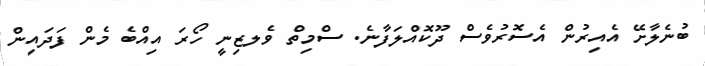
ބުނެލާށޭ އެއިރުން އެސޮރުވެސް ދޫކޮއްލަފާނެ. ސްމިތް ވެލޒިނީ ހޯރަ އިއްބެ މެން ފަދައިން